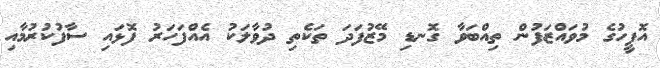
އޮފީހުގެ މުވައްޒަފުން ތިއްބަވާ ގޮނޑި މޭޒުފަދަ ތަކެތި ދުވާލަކު އެއްފަހަރު ފޮޅައި ސާފުކުރުމާއި